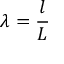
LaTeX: \ \lambda = { \frac { l } { L } }